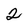
Character: 2